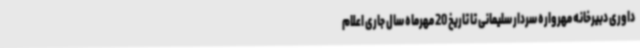
داوری دبیرخانه مهرواره سردار سلیمانی تا تاریخ 20 مهرماه سال جاری اعلام